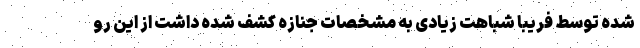
شده توسط فریبا شباهت زیادی به مشخصات جنازه کشف شده داشت از این رو